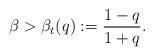
LaTeX: \begin{align*}\beta > \beta_t(q):=\frac{1-q}{1+q}.\end{align*}